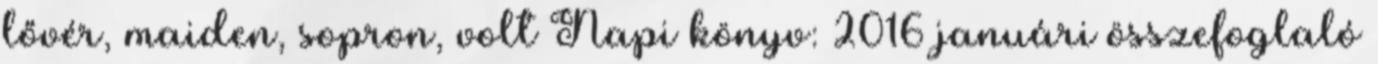
lővér, maiden, sopron, volt Napi könyv: 2016 januári összefoglaló